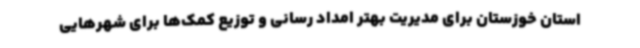
استان خوزستان برای مدیریت بهتر امداد رسانی و توزیع کمک‌ها برای شهرهایی